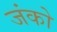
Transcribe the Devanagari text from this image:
जंको